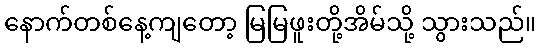
နောက်တစ်နေ့ကျတော့ မြမြဖူးတို့အိမ်သို့ သွားသည်။